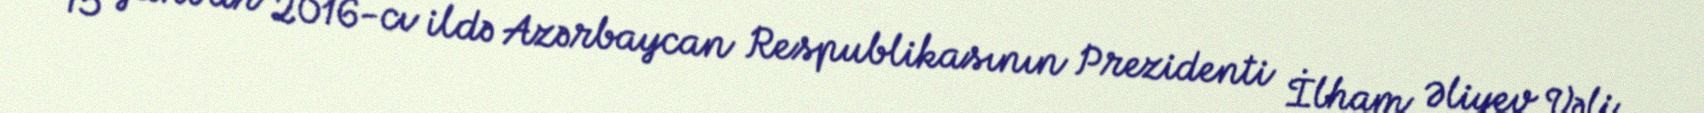
15 yanvar 2016-cı ildə Azərbaycan Respublikasının Prezidenti İlham Əliyev Vəli